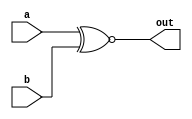
module xnorGate(input a, input b, output out);
    assign out = a ~^ b;
endmodule